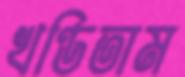
খণ্ডিতাম